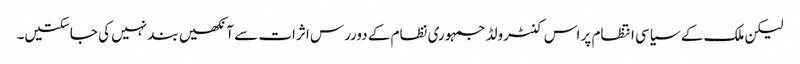
لیکن ملک کے سیاسی انتظام پر اس کنٹرولڈ جمہوری نظام کے دوررس اثرات سے آنکھیں بند نہیں کی جاسکتیں۔